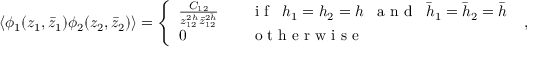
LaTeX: \langle \phi _ { 1 } ( z _ { 1 } , \bar { z } _ { 1 } ) \phi _ { 2 } ( z _ { 2 } , \bar { z } _ { 2 } ) \rangle = \left\{ \begin{array} { l l } { { \frac { C _ { 1 2 } } { z _ { 1 2 } ^ { 2 h } \bar { z } _ { 1 2 } ^ { 2 \bar { h } } } } } & { { \quad \textrm { i f } \; \; h _ { 1 } = h _ { 2 } = h \; \; \textrm { a n d } \; \; \bar { h } _ { 1 } = \bar { h } _ { 2 } = \bar { h } \medskip } } \\ { { 0 } } & { { \quad \textrm { o t h e r w i s e } \, \, \, } } \end{array} \right. \, \, ,